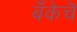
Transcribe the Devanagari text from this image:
बँकेचॆ